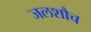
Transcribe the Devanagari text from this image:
जलशौच